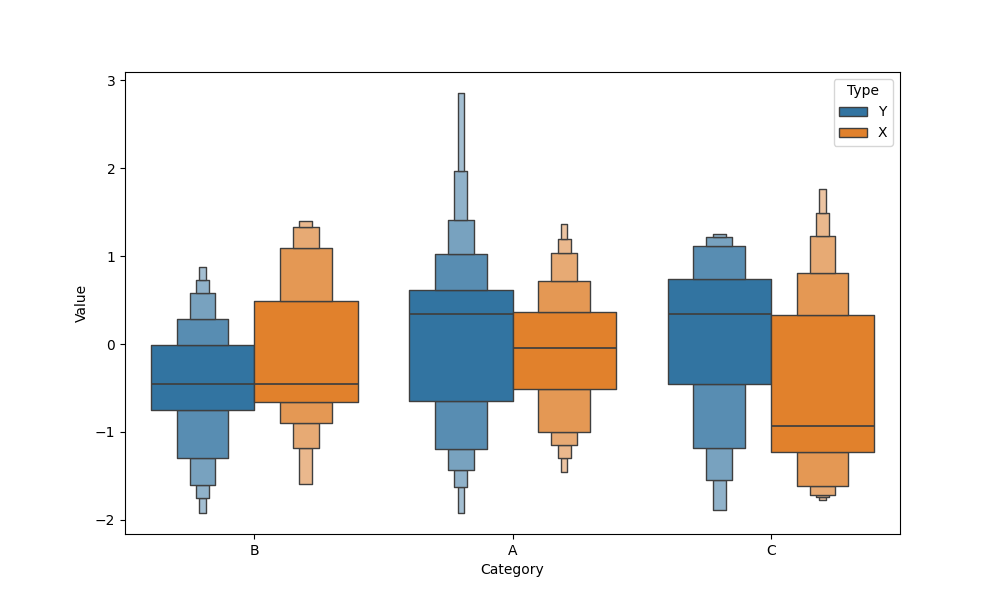
python, seaborn, boxenplot, k_depth='full', linewidth=1, scale='exponential', outlier_prop=0.2, showfliers=True